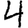
Digit: 4